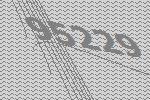
95229